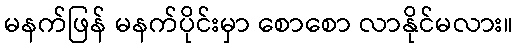
မနက်ဖြန် မနက်ပိုင်းမှာ စောစော လာနိုင်မလား။